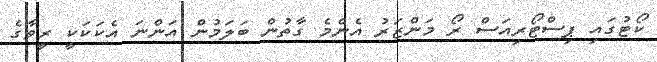
ކޯޓުގައި ޕިސްޓޯރިއަސް ރޯ މަންޒަރު އެންމެ ގާތުން ބަލަމުން އަންނަ އެކަކަކީ ރީވާގެ